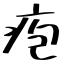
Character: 疱